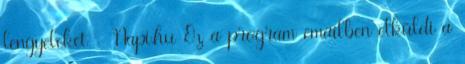
lengyeleket - Napi.hu Ez a program emailben elküldi a